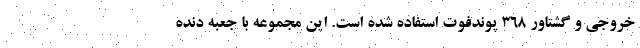
خروجی و گشتاور 368 پوندفوت استفاده شده است. این مجموعه با جعبه دنده